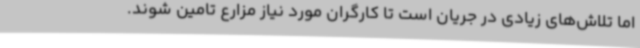
اما تلاش‌های زیادی در جریان است تا کارگران مورد نیاز مزارع تامین شوند.